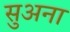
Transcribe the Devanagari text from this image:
सुअना